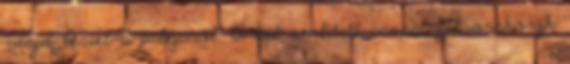
majd lesiet a pályáról. A két említett csapat felsorakozik